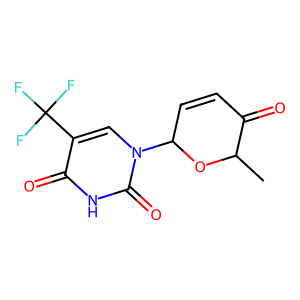
SMILES: CC1OC(n2cc(C(F)(F)F)c(=O)[nH]c2=O)C=CC1=O
Inhibits HIV replication: No